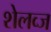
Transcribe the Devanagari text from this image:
शेलव्ज